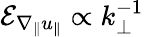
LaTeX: \mathcal{E}_{\nabla_{\| }u_{\| }}\propto k_{\perp}^{-1}